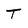
Character: T